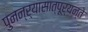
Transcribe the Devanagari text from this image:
पुनन्र्यासात्पूर्यन्ते